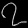
Digit: ၇